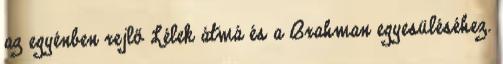
az egyénben rejlő Lélek átmá és a Brahman egyesüléséhez.